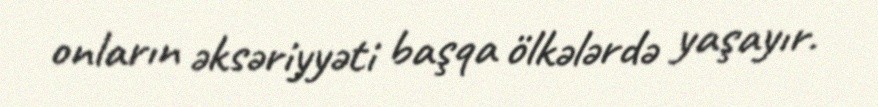
onların əksəriyyəti başqa ölkələrdə yaşayır.